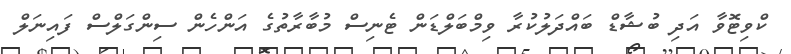
ކްވިޓޮވާ އަދި ބުޝާޑް ބައްދަލުކުރާ ވިމްބަލްޑަން ޓެނިސް މުބާރާތުގެ އަންހެން ސިންގަލްސް ފައިނަލް